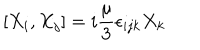
[ X _ { i } , X _ { j } ] = i { \frac { \mu } { 3 } } \epsilon _ { i j k } X _ { k }